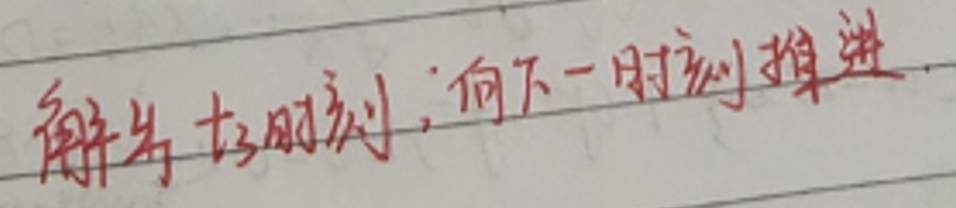
解出$t_3$时刻：向下一时刻推进.